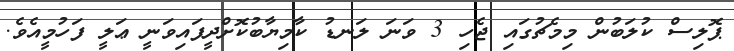
ޕޮލިސް ކުލަބުން މިމެޗުގައި ޖެހި 3 ވަނަ ލަނޑު ކާމިޔާބުކޮށްދީފައިވަނީ ޢަލީ ފަހުމީއެވެ.